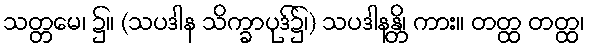
သတ္တမေ၊ ၌။ (သပဒါန သိက္ခာပုဒ်၌၊) သပဒါနန္တိ၊ ကား။ တတ္ထ တတ္ထ၊